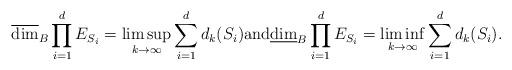
LaTeX: \begin{align*}\overline{\dim}_B\prod_{i=1}^dE_{S_i}=\limsup_{k\rightarrow\infty}\sum_{i=1}^dd_k(S_i)\mbox{and} \underline{\dim}_B\prod_{i=1}^dE_{S_i}=\liminf_{k\rightarrow\infty}\sum_{i=1}^dd_k(S_i).\end{align*}